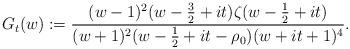
LaTeX: \begin{align*} G_t(w) :=\frac{(w-1)^2(w-\frac32+it)\zeta(w-\frac12+it)}{(w+1)^2(w-\frac12+it-\rho_0) (w+it+1)^4}.\end{align*}